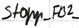
Text: Stopp_FB2